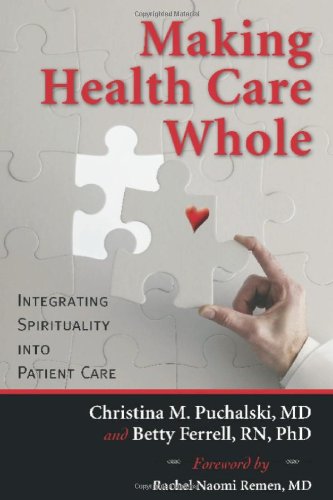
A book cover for Making Health Care Whole: Integrating Spirituality into Patient Care; Christina Puchalski; Self-Help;